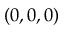
( 0 , 0 , 0 )